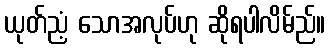
ယုတ်ညံ့ သောအလုပ်ဟု ဆိုရပါလိမ်ည်။